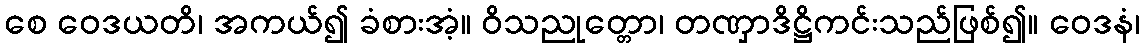
စေ ဝေဒယတိ၊ အကယ်၍ ခံစားအံ့။ ဝိသညုတ္တော၊ တဏှာဒိဋ္ဌိကင်းသည်ဖြစ်၍။ ဝေဒနံ၊